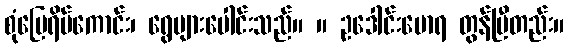
စုံမြေရိပ်ကောင်း၊ ရွေများပေါင်းသည်။ ။ ဥဒေါင်းမောရ တွန်ပြီတည်း။